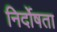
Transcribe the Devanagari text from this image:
निर्दोषता